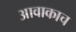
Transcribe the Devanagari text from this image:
आवाकाच